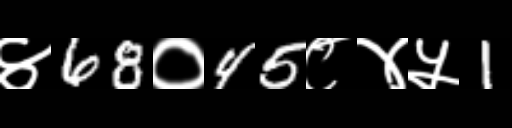
Text: ४68०45८४५1